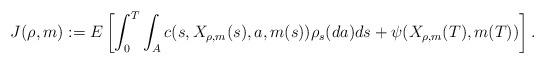
LaTeX: \begin{align*}J(\rho, m) := E\left[ \int_0^T \int_A c(s,X_{\rho, m} (s), a, m(s))\rho_s(da)ds + \psi(X_{\rho, m} (T), m(T)) \right].\end{align*}